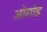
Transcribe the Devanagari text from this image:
ओसोइ